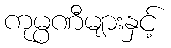
ကုမ္ပဏီများနှင့်